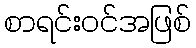
စာရင်းဝင်အဖြစ်